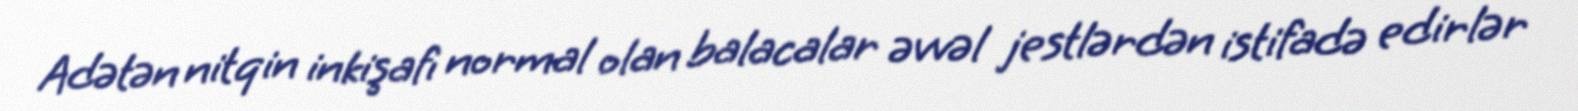
Adətən nitqin inkişafı normal olan balacalar əvvəl jestlərdən istifadə edirlər